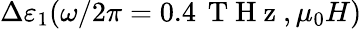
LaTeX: \Delta\varepsilon_{1}(\omega/2\pi=0.4\, \mathrm{~T~H~z~},\mu_{0}H)